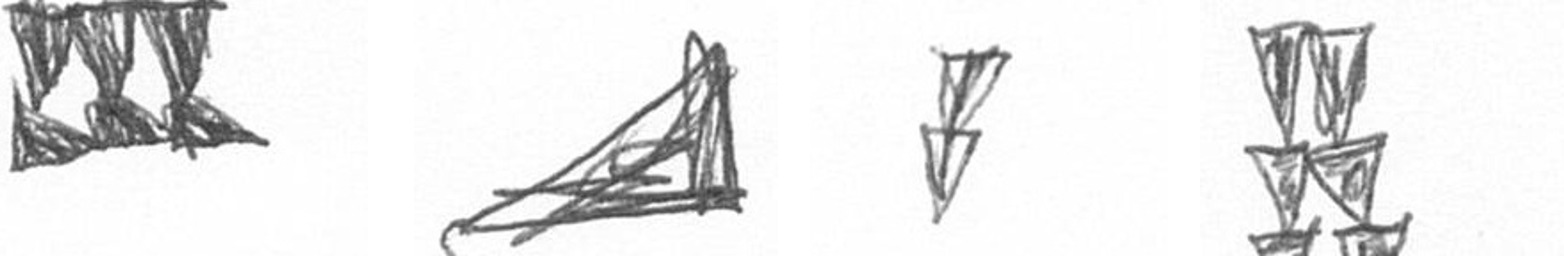
D O Z Y